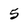
Character: 5